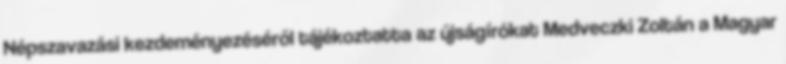
Népszavazási kezdeményezéséről tájékoztatta az újságírókat Medveczki Zoltán a Magyar